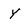
Character: Y